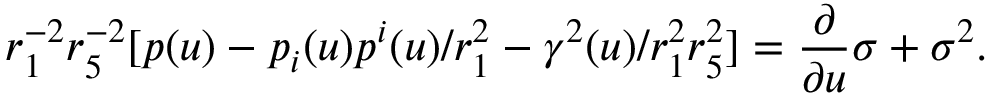
r _ { 1 } ^ { - 2 } r _ { 5 } ^ { - 2 } [ p ( u ) - p _ { i } ( u ) p ^ { i } ( u ) / r _ { 1 } ^ { 2 } - \gamma ^ { 2 } ( u ) / r _ { 1 } ^ { 2 } r _ { 5 } ^ { 2 } ] = { \frac { \partial } { \partial u } } { \sigma } + \sigma ^ { 2 } .